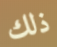
ذلك